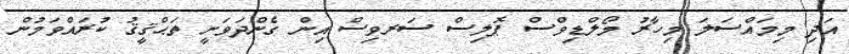
އަދި މިމައްސަލަ މިހާރު މޯލްޑިވްސް ޕޮލިސް ސަރވިސް އިން ގެންދަވަނީ ތަޙްޤީޤު ކުރައްވަމުން